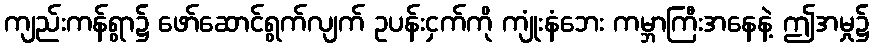
ကျည်းကန်ရွာ၌ ဖော်ဆောင်ရွက်လျက် ဥပန်းငှက်ကို ကျုံးနံဘေး ကမ္ဘာကြီးအနေနဲ့ ဤအမှု၌